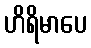
ဟိရိမာပေ